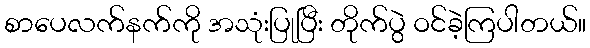
စာပေလက်နက်ကို အသုံးပြုပြီး တိုက်ပွဲ ဝင်ခဲ့ကြပါတယ်။